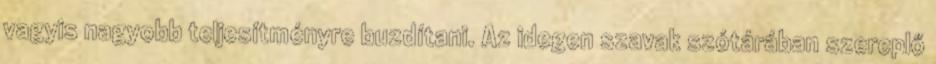
vagyis nagyobb teljesítményre buzdítani. Az idegen szavak szótárában szereplő